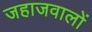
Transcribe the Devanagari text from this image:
जहाजवालों